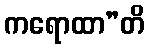
ကရောထာ”တိ